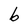
Character: b